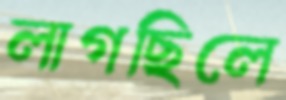
লাগছিলে